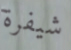
شيفرة